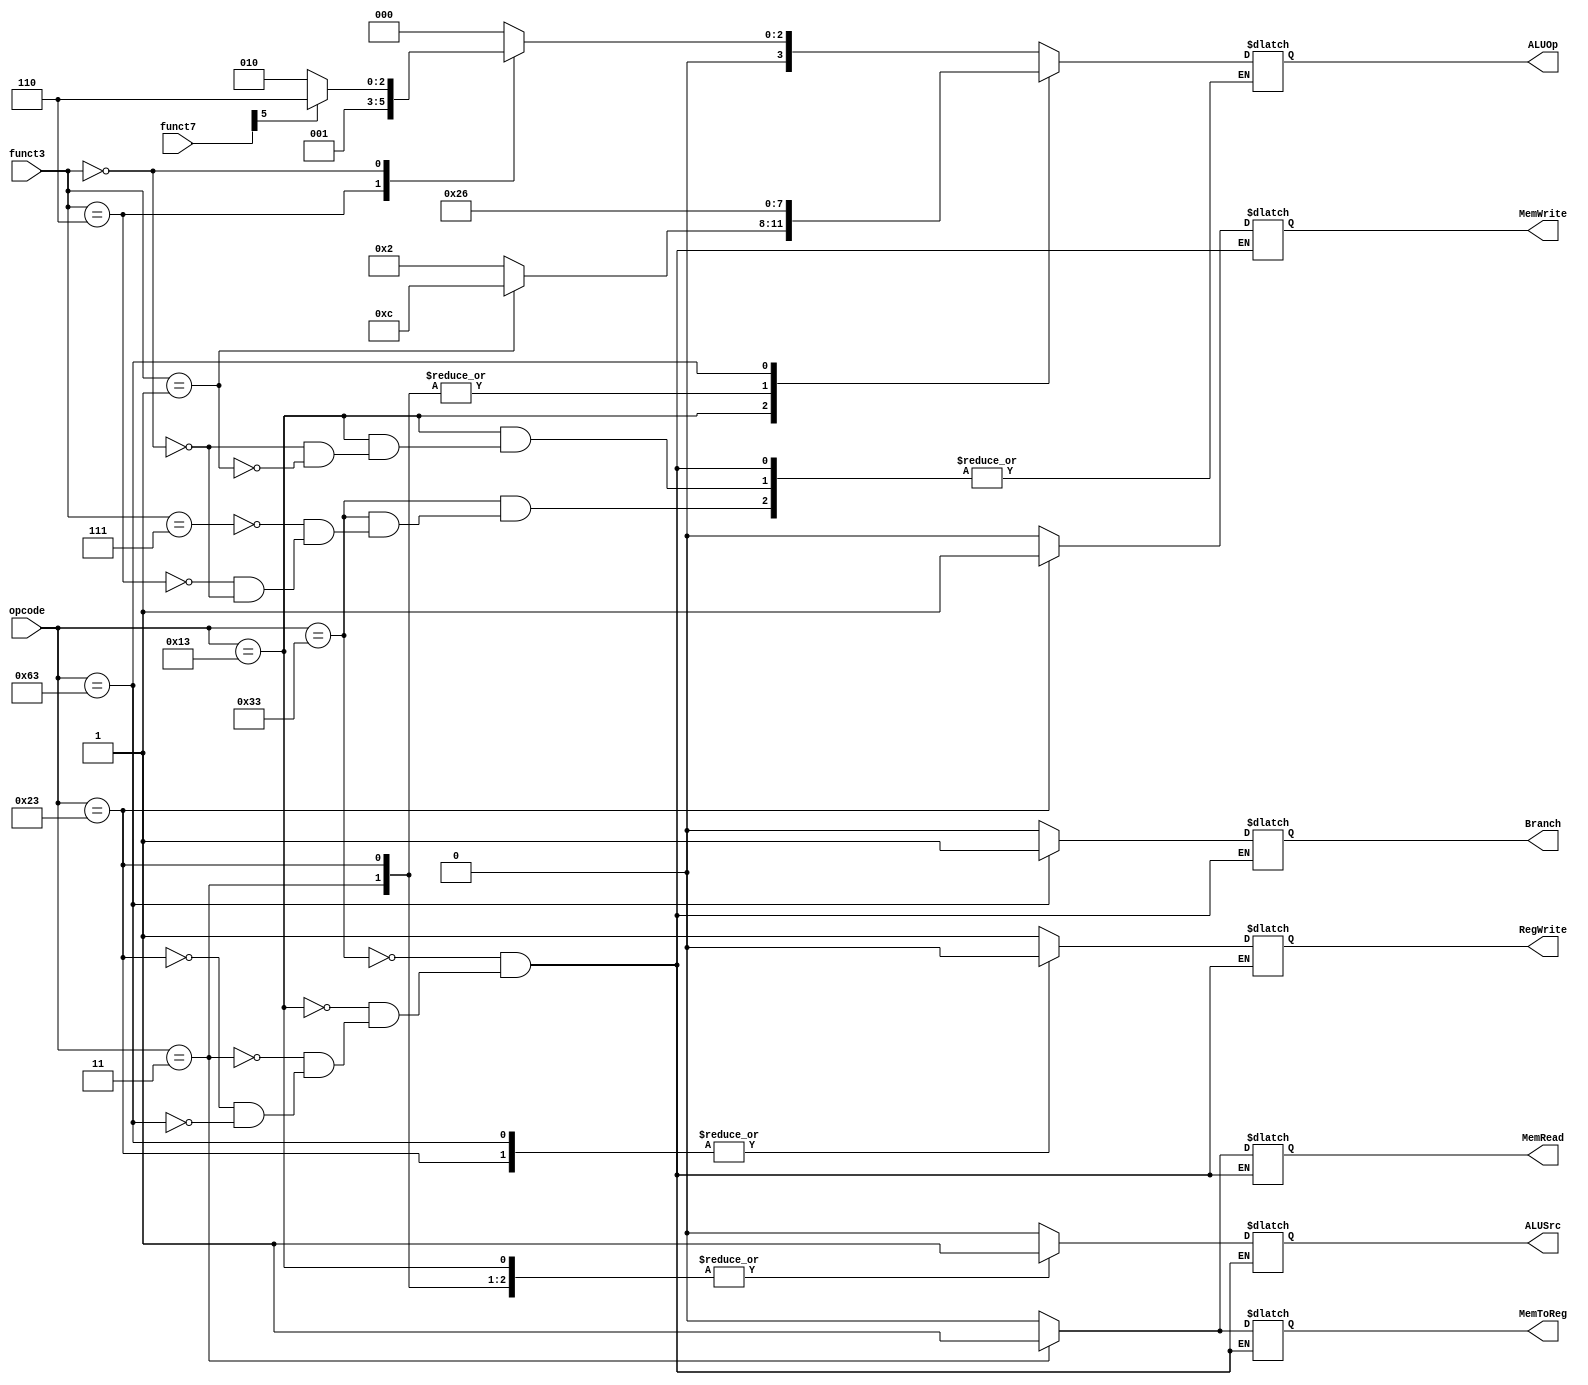
module ControlUnit
(
	input [6:0] opcode,funct7,
	input [2:0] funct3,
	output reg Branch, MemRead, MemToReg, MemWrite, ALUSrc, RegWrite,
	output reg [3:0] ALUOp
);

localparam [6:0]
R = 7'b0110011,
I = 7'b0010011,
L = 7'b0000011,
S = 7'b0100011,
B = 7'b1100011;

localparam [2:0]
ADDI = 3'b000,
SLLI = 3'b001,
ADD = 3'b000,
OR = 3'b110,
AND = 3'b111;

always @(*) begin
	case(opcode)
		R: begin
			Branch = 0;
			MemRead = 0;
			MemToReg = 0;
			MemWrite = 0;
			ALUSrc = 0;
			RegWrite = 1;
			case(funct3)
				AND: ALUOp = 4'b0000;
				OR: ALUOp = 4'b0001;
				ADD: ALUOp = funct7[5] ? 4'b0110 : 4'b0010;
			endcase
		end
		I: begin
			Branch = 0;
			MemRead = 0;
			MemToReg = 0;
			MemWrite = 0;
			ALUSrc = 1;
			RegWrite = 1;
			case(funct3)
				ADDI: ALUOp = 4'b0010;
				SLLI: ALUOp = 4'b1100;
			endcase
		end
		L: begin
			Branch = 0;
			MemRead = 1;
			MemToReg = 1;
			MemWrite = 0;
			ALUSrc = 1;
			RegWrite = 1;
			ALUOp = 4'b0010;
		end
		S: begin
			Branch = 0;
			MemRead = 0;
			MemToReg = 0;
			MemWrite = 1;
			ALUSrc = 1;
			RegWrite = 0;
			ALUOp = 4'b0010;
		end
		B: begin
			Branch = 1;
			MemRead = 0;
			MemToReg = 0;
			MemWrite = 0;
			ALUSrc = 0;
			RegWrite = 0;
			ALUOp = 4'b0110;
		end
	endcase
end

endmodule